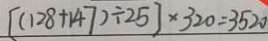
[ ( 1 2 8 + 1 4 7 ) \div 2 5 ] \times 3 2 0 = 3 5 2 0